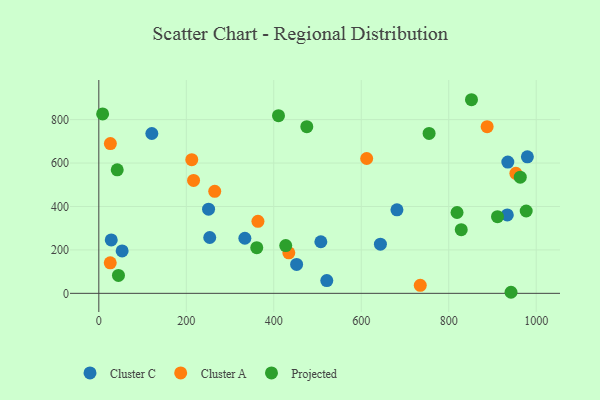
{"axis": {"x": "Experience", "y": "Exam Score"}, "legend": ["Cluster A", "Cluster C", "Projected"], "data": [{"x": "333.9", "y": 253.7, "type": "Cluster C"}, {"x": "681.6", "y": 384.4, "type": "Cluster C"}, {"x": "507.6", "y": 237.5, "type": "Cluster C"}, {"x": "935.1", "y": 604.7, "type": "Cluster C"}, {"x": "521.2", "y": 59.0, "type": "Cluster C"}, {"x": "28.4", "y": 245.9, "type": "Cluster C"}, {"x": "452.2", "y": 133.1, "type": "Cluster C"}, {"x": "53.3", "y": 195.1, "type": "Cluster C"}, {"x": "121.2", "y": 736.0, "type": "Cluster C"}, {"x": "253.6", "y": 257.2, "type": "Cluster C"}, {"x": "933.9", "y": 361.2, "type": "Cluster C"}, {"x": "979.8", "y": 628.7, "type": "Cluster C"}, {"x": "250.9", "y": 387.8, "type": "Cluster C"}, {"x": "643.8", "y": 226.6, "type": "Cluster C"}, {"x": "887.8", "y": 767.6, "type": "Cluster A"}, {"x": "734.9", "y": 37.1, "type": "Cluster A"}, {"x": "363.8", "y": 331.6, "type": "Cluster A"}, {"x": "26.4", "y": 689.7, "type": "Cluster A"}, {"x": "212.5", "y": 615.7, "type": "Cluster A"}, {"x": "612.4", "y": 620.9, "type": "Cluster A"}, {"x": "434.4", "y": 186.6, "type": "Cluster A"}, {"x": "216.6", "y": 520.1, "type": "Cluster A"}, {"x": "953.5", "y": 552.6, "type": "Cluster A"}, {"x": "265.0", "y": 469.8, "type": "Cluster A"}, {"x": "26.1", "y": 140.3, "type": "Cluster A"}, {"x": "942.4", "y": 4.9, "type": "Projected"}, {"x": "963.5", "y": 534.8, "type": "Projected"}, {"x": "475.5", "y": 767.3, "type": "Projected"}, {"x": "427.3", "y": 220.0, "type": "Projected"}, {"x": "819.0", "y": 372.2, "type": "Projected"}, {"x": "361.1", "y": 210.3, "type": "Projected"}, {"x": "828.6", "y": 293.3, "type": "Projected"}, {"x": "977.1", "y": 379.1, "type": "Projected"}, {"x": "44.9", "y": 82.6, "type": "Projected"}, {"x": "755.1", "y": 736.3, "type": "Projected"}, {"x": "410.8", "y": 818.2, "type": "Projected"}, {"x": "852.0", "y": 891.6, "type": "Projected"}, {"x": "911.5", "y": 353.1, "type": "Projected"}, {"x": "42.1", "y": 568.8, "type": "Projected"}, {"x": "8.7", "y": 826.2, "type": "Projected"}]}